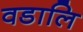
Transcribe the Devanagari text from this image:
वडालि